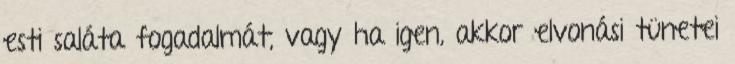
esti saláta fogadalmát, vagy ha igen, akkor elvonási tünetei